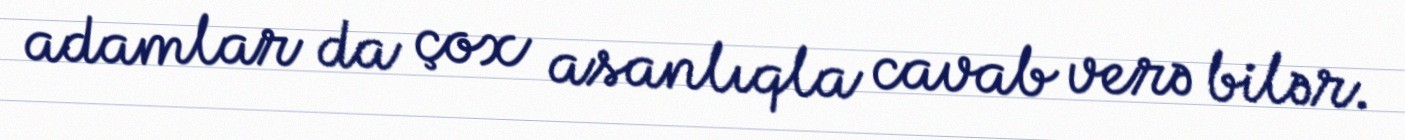
adamlar da çox asanlıqla cavab verə bilər.